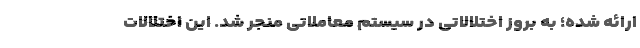
ارائه شده؛ به بروز اختلالاتی در سیستم معاملاتی منجر شد. این اختلالات